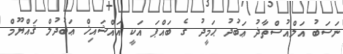
ނަސަބު އަލްއުސްތާޛު ޢަބުދު ޙަމީދު ގެ ބައްޕަ އަކީ އައްޝައިޚް ޢަބުދުލް ޤައްޔޫމް